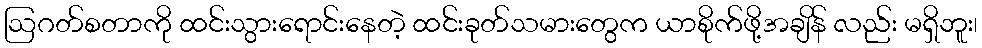
ဩဂတ်စတာကို ထင်းသွားရောင်းနေတဲ့ ထင်းခုတ်သမားတွေက ယာစိုက်ဖို့အချိန် လည်း မရှိဘူး၊